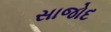
સાજોદ